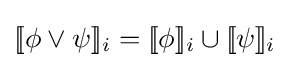
[\![\phi \vee \psi ]\!]_{i}=[\![\phi ]\!]_{i}\cup [\![\psi ]\!]_{i}